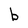
Character: b